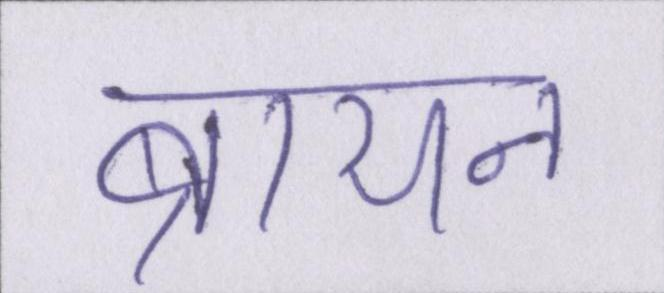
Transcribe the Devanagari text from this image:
ब्रायन